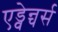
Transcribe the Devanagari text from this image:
एड्वेन्चर्स